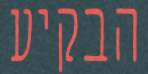
הבקיע